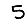
Digit: 5